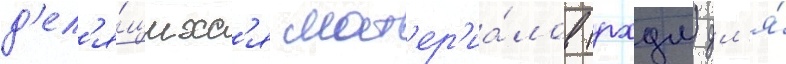
д'ел'я́щихс'я мат'ер'иа́лов (рхдм) дл'я́